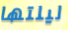
ليلتها